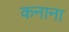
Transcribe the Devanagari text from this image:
कनाना